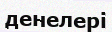
денелері